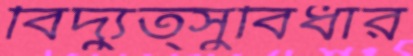
বিদ্যুত্সুবিধার